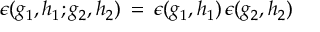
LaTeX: \epsilon ( g _ { 1 } , h _ { 1 } ; g _ { 2 } , h _ { 2 } ) \: = \: \epsilon ( g _ { 1 } , h _ { 1 } ) \, \epsilon ( g _ { 2 } , h _ { 2 } )